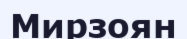
Мирзоян